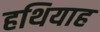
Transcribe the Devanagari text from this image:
हथियाह